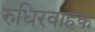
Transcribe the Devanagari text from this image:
रुधिरवाहक